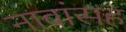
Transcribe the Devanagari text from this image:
नावांसह